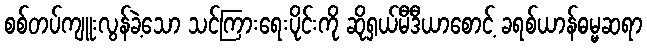
စစ်တပ်ကျူးလွန်ခဲ့သော သင်ကြားရေးပိုင်းကို ဆိုရှယ်မီဒီယာစောင့် ခရစ်ယာန်ဓမ္မဆရာ